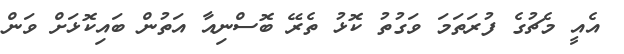
އެއީ މެޗުގެ ފުރަތަމަ ވަގުތު ކޮޅު ތެރޭ ބޮސްނިއާ އަތުން ބައިކޮޅަށް ވަން